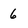
Character: 6